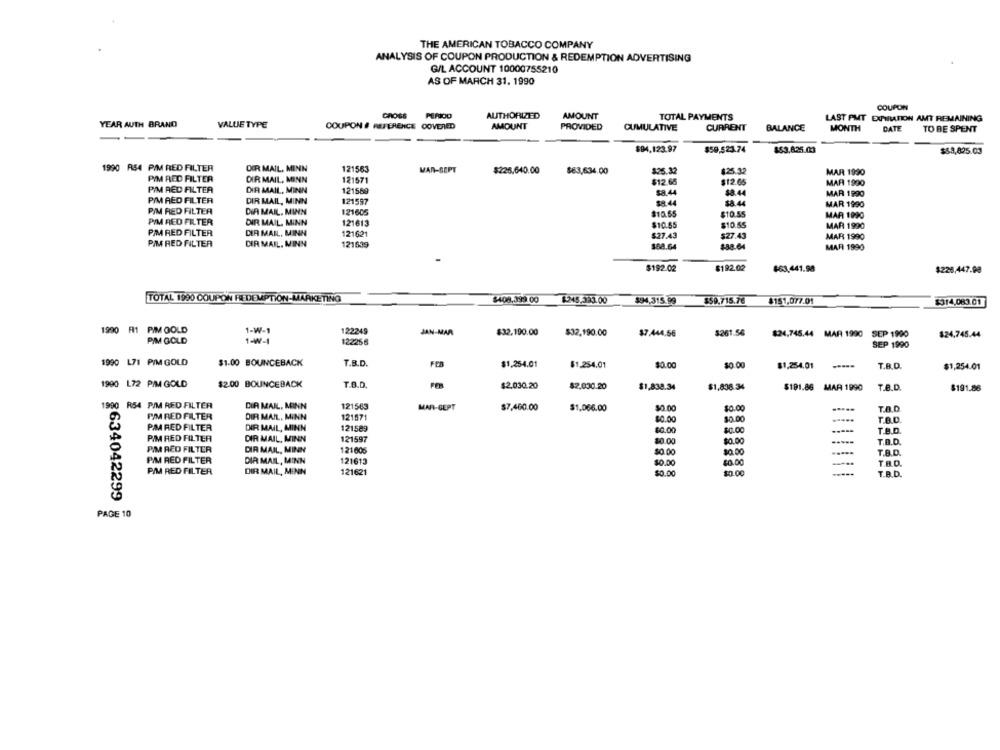
THE AMERICAN TOBACCO COMPANY
ANALYSIS OF COUPON PRODUCTION & REDEMPTION ADVERTISING
G/L ACCOUNT 10000755210
AS OF MARCH 31. 1990
COUPON
GROSS
AUTHORIZED
AMOUNT
TOTAL PAYMENTS
LAST PMT EXPIRATION AMT REMAINING
YEAR AUTH BRAND
VALUE TYPE
COUPON # REFERENCE COVERED
AMOUNT
PROVIDED
CUMULATIVE
CURRENT
BALANCE
MONTH
DATE
TO BE SPENT
$94,123.97
$59,523.74
$53.825.03
$$3,825.03
1990 R54 PIM RED FILTER
DER MAIL, MINN
121563
MAR-SEPT
$226,640.00
$63,634.00
$25.32
$25.32
MAR 1990
PIM RED FILTER
DIR MAIL, MINN
121571
$12.65
$12.65
PIM RED FILTER
MAR 1990
DIR MAIL, MINN
121589
$8.44
$8.44
MAR 1990
PIM RED FILTER
DIR MAIL, MINN
121597
$8.44
$8.44
MAR 1990
PIM RED FILTER
DIA MAIL, MINN
121605
$10.65
$10.55
MAR 1990
PIM RED FILTER
DIR MAIL, MINN
121613
$10.55
$10.55
MAR 1990
PIM RED FILTER
DIR MAIL, MINN
121621
$27.43
$27.43
MAR 1990
PIM RED FILTER
DIR MAIL, MINN
121639
$68.64
$38.64
MAR 1990
$192.02
$192.02
$63.441.98
$228,447.90
TOTAL 1990 COUPON REDEMPTION-MARKETING
$408.399 00
$245,383.00
$94,315.99
$59.715.76
$151,077.01
$314,083.01
1990 AI PIM GOLD
1-W-1
122249
JAN-MAR
$32.190.00
$32.190.00
$7.444,56
$261.56
$24.745.44 MAR 1990 SEP 1990
$24.745.44
PIM GOLD
1-W-1
122256
SEP 1990
1990 L71 PIM GOLD
$1.00 BOUNCEBACK
T.B.D.
FED
$1,254.01
$1,254.01
$0.00
$0.00
$1,254.01
T.B.D.
$1,254.01
1990 172 PIM GOLD
$2.00 BOUNCEBACK
T.O.D.
$2.030.20
$2,030.20
$1,838.34
$1,838.34
$191.86 MAR 1990
T.B.D.
$191.86
1990 R54 PIM RED FILTER
DIR MAIL, MINN
121563
MAR-GEPT
$7,460.00
$0.00
.....
$1.066.00
$0.00
T.A.D
PIM RED FILTER
DIR MAIL, MINN
121571
$0.00
$0.00
.-...
T.B.D.
PM RED FILTER
DIR MAIL, MINN
121589
$0.00
$0.00
TAD
PIM RED FILTER
DIR MAIL, MINN
121597
$0.00
$0.00
T.B.D.
PIM RED FILTER
DIR MAIL, MINN
121605
$0.00
$0.00
T.B.D.
PIM RED FILTER
DIR MAIL, MINN
121613
$0.00
$0.00
T.B.D.
PIM RED FILTER
DIR MAIL, MINN
121621
$0.00
$0.00
T.B.D.
8634042299
PAGE 10